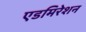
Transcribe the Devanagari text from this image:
एडमिरेशन